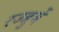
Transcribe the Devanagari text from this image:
रज्जुमें